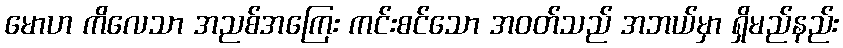
မောဟ ကိလေသာ အညစ်အကြေး ကင်းစင်သော အဝတ်သည် အဘယ်မှာ ရှိမည်နည်း